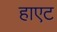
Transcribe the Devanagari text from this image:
हाएट